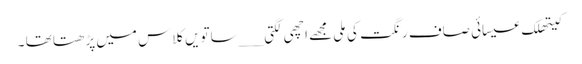
کیتھلک عیسائی صاف رنگت کی مِلی مجھے اچھی لگتی ___ساتویں کلاس میں پڑھتا تھا ۔